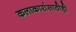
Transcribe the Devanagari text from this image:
कलाकारांसाठीही